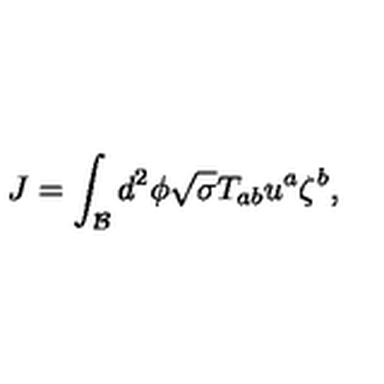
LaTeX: J = \int _ { \mathcal { B } } d ^ { 2 } \phi \sqrt { \sigma } T _ { a b } u ^ { a } \zeta ^ { b } ,